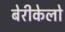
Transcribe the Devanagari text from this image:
बेरीकेलो